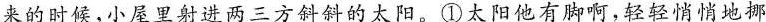
来的时候，小屋里射进两三方斜斜的太阳。①太阳他有脚啊，轻轻悄悄地挪